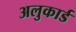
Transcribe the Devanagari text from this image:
अलुकार्ड